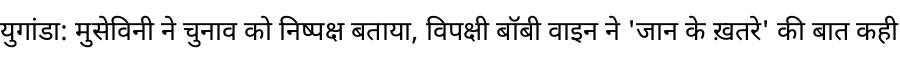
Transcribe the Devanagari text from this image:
युगांडा: मुसेविनी ने चुनाव को निष्पक्ष बताया, विपक्षी बॉबी वाइन ने 'जान के ख़तरे' की बात कही